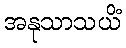
အနုသာသယိံ